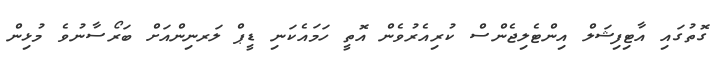
ގޮތުގައި އާޓިފިޝަލް އިންޓެލިޖެންސް ކުރިއެރުވެން އޮތީ ހަމައެކަނި ޑީޕް ލަރނިންއަށް ބަރޯސާނުވެ މުޅިން